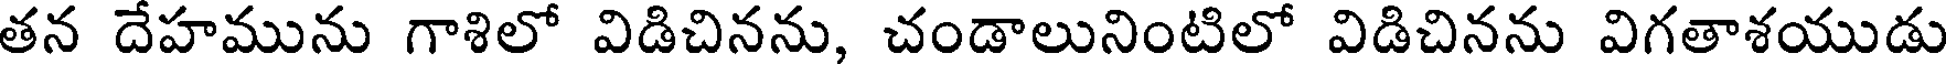
తన దేహమును గాశిలో విడిచినను, చండాలునింటిలో విడిచినను విగతాశయుడు